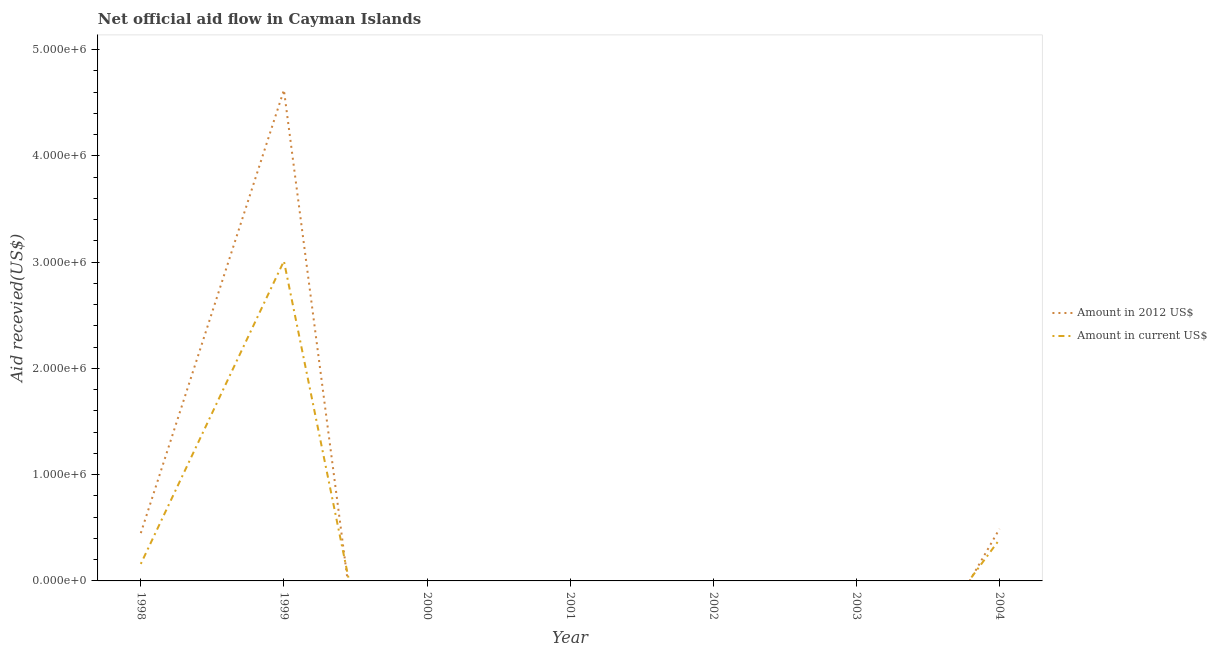
| Year | Amount in 2012 US$ | Amount in current US$ |
 | --- | --- | --- |
 | 1998 | 4.5e+05 | 1.6e+05 |
 | 1999 | 4.62e+06 | 3.01e+06 |
 | 2000 | -5.75e+06 | -3.6e+06 |
 | 2001 | -1.31e+06 | -7.8e+05 |
 | 2002 | -2.86e+06 | -1.85e+06 |
 | 2003 | -1.86e+06 | -1.43e+06 |
 | 2004 | 4.9e+05 | 3.9e+05 |